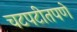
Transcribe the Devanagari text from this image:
चटपटीतपणे